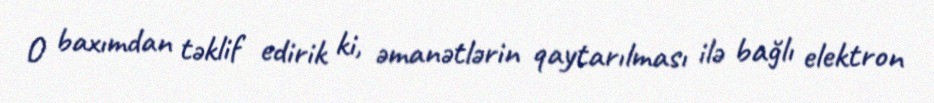
O baxımdan təklif edirik ki, əmanətlərin qaytarılması ilə bağlı elektron